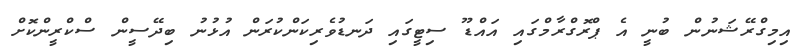
އިމިގްރޭޝަނުން ބުނީ އެ ޕްރޮގްރާމްގައި އައްޑޫ ސިޓީގައި ދަނޑުވެރިކަންކުރަން އުޅުނު ބިދޭސީން ސްކްރީންކޮށް